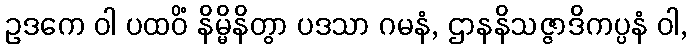
ဥဒကေ ဝါ ပထဝိံ နိမ္မိနိတွာ ပဒသာ ဂမနံ, ဌာနနိသဇ္ဇာဒိကပ္ပနံ ဝါ,